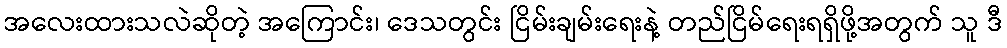
အလေးထားသလဲဆိုတဲ့ အကြောင်း၊ ဒေသတွင်း ငြိမ်းချမ်းရေးနဲ့ တည်ငြိမ်ရေးရရှိဖို့အတွက် သူ ဒီ